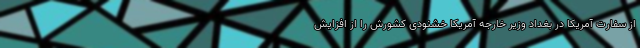
از سفارت آمریکا در بغداد وزیر خارجه آمریکا خشنودی کشورش را از افزایش